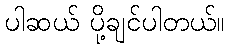
ပါဆယ် ပို့ချင်ပါတယ်။